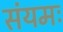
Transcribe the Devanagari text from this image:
संयमः